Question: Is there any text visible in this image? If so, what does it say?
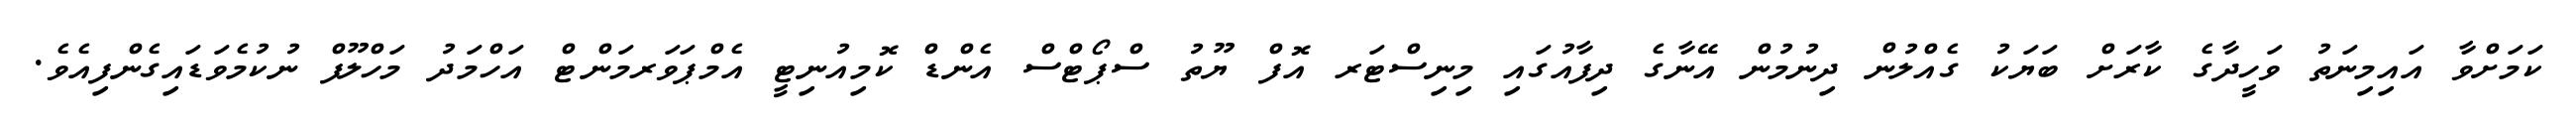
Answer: ކަމަށްވާ އައިމިނަތު ވަހީދާގެ ކާރަށް ބަޔަކު ގެއްލުން ދިނުމުން އޭނާގެ ދިފާއުގައި މިނިސްޓަރ އޮފް ޔޫތު ސްޕޯޓްސް އެންޑް ކޮމިއުނިޓީ އެމްޕަވަރމަންޓް އަހްމަދު މަހްލޫފް ނުކުމެވަޑައިގެންފިއެވެ.